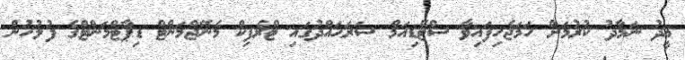
ޢީދު ނަމާދު ކުރުމަށް ހަމަޖެހިފައިވާ ސްޓޭޑިއަމް ސަރަޙައްދުގައި ޓްރެފިކް މެނޭޖްމަންޓް ޑިޕާޓްމަންޓްގެ ފުލުހުން